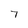
Character: 7